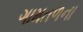
ગામતળના